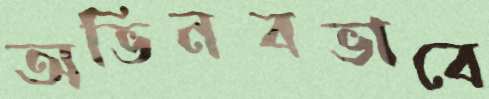
অভিনবভাবে